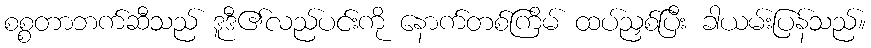
စစ္စတာဘက်ဆီသည် ဒူဒီ၏လည်ပင်းကို နောက်တစ်ကြိမ် ထပ်ညှစ်ပြီး ခါယမ်းပြန်သည်။